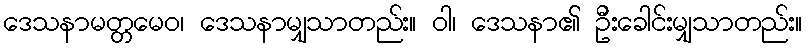
ဒေသနာမတ္တမေဝ၊ ဒေသနာမျှသာတည်း။ ဝါ၊ ဒေသနာ၏ ဦးခေါင်းမျှသာတည်း။